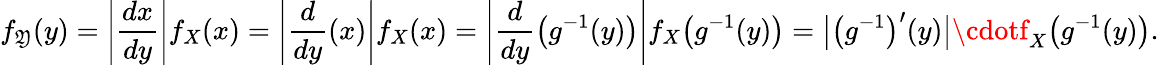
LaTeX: f_{\mathfrak{Y}}(y)=\left|{\frac{{dx}}{{dy}}}\right|f_{X}(x)=\left|{\frac{{d}}{{dy}}}(x)\right|f_{X}(x)=\left|{\frac{{d}}{{dy}}}{\big(}g^{-1}(y){\big)}\right|f_{X}{\big(}g^{-1}(y){\big)}={{\big|}{\big(}g^{-1}{\big)}^{\prime}(y){\big|}}\cdotf_{X}{\big(}g^{-1}(y){\big)}.